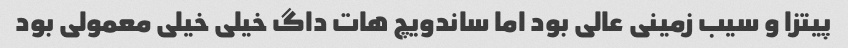
پیتزا و سیب زمینی عالی بود اما ساندویچ هات داگ خیلی خیلی معمولی بود